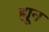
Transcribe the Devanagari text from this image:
ह्यून